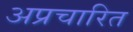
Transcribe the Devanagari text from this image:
अप्रचारित